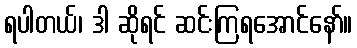
ရပါတယ်၊ ဒါ ဆိုရင် ဆင်းကြရအောင်နော်။